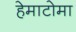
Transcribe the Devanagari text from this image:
हेमाटोमा